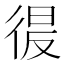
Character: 𭛲